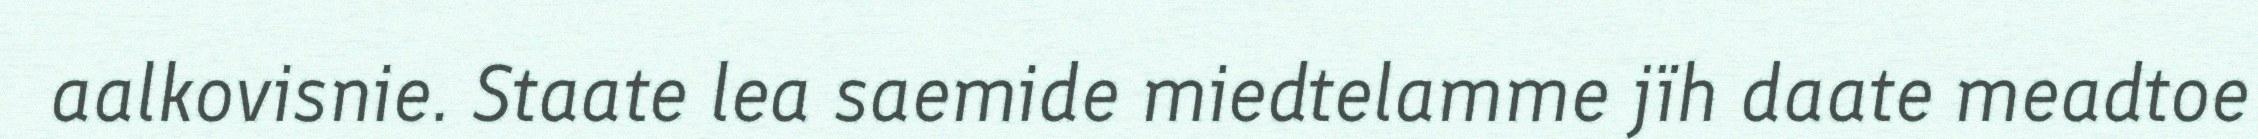
aalkovisnie. Staate lea saemide miedtelamme jïh daate meadtoe